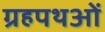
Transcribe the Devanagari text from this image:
ग्रहपथओं